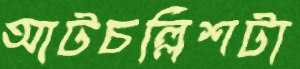
আটচল্লিশটা